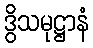
ဒွိသမုဋ္ဌာနံ